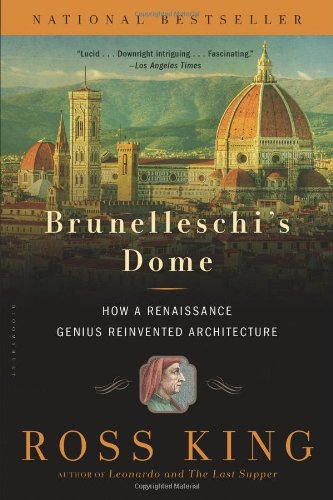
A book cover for Brunelleschi's Dome: How a Renaissance Genius Reinvented Architecture; Ross King; Arts & Photography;